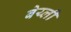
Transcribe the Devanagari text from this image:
बेय्ली